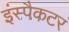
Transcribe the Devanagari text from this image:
इंस्पैकटर